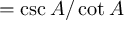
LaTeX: = { \csc A / \cot A }